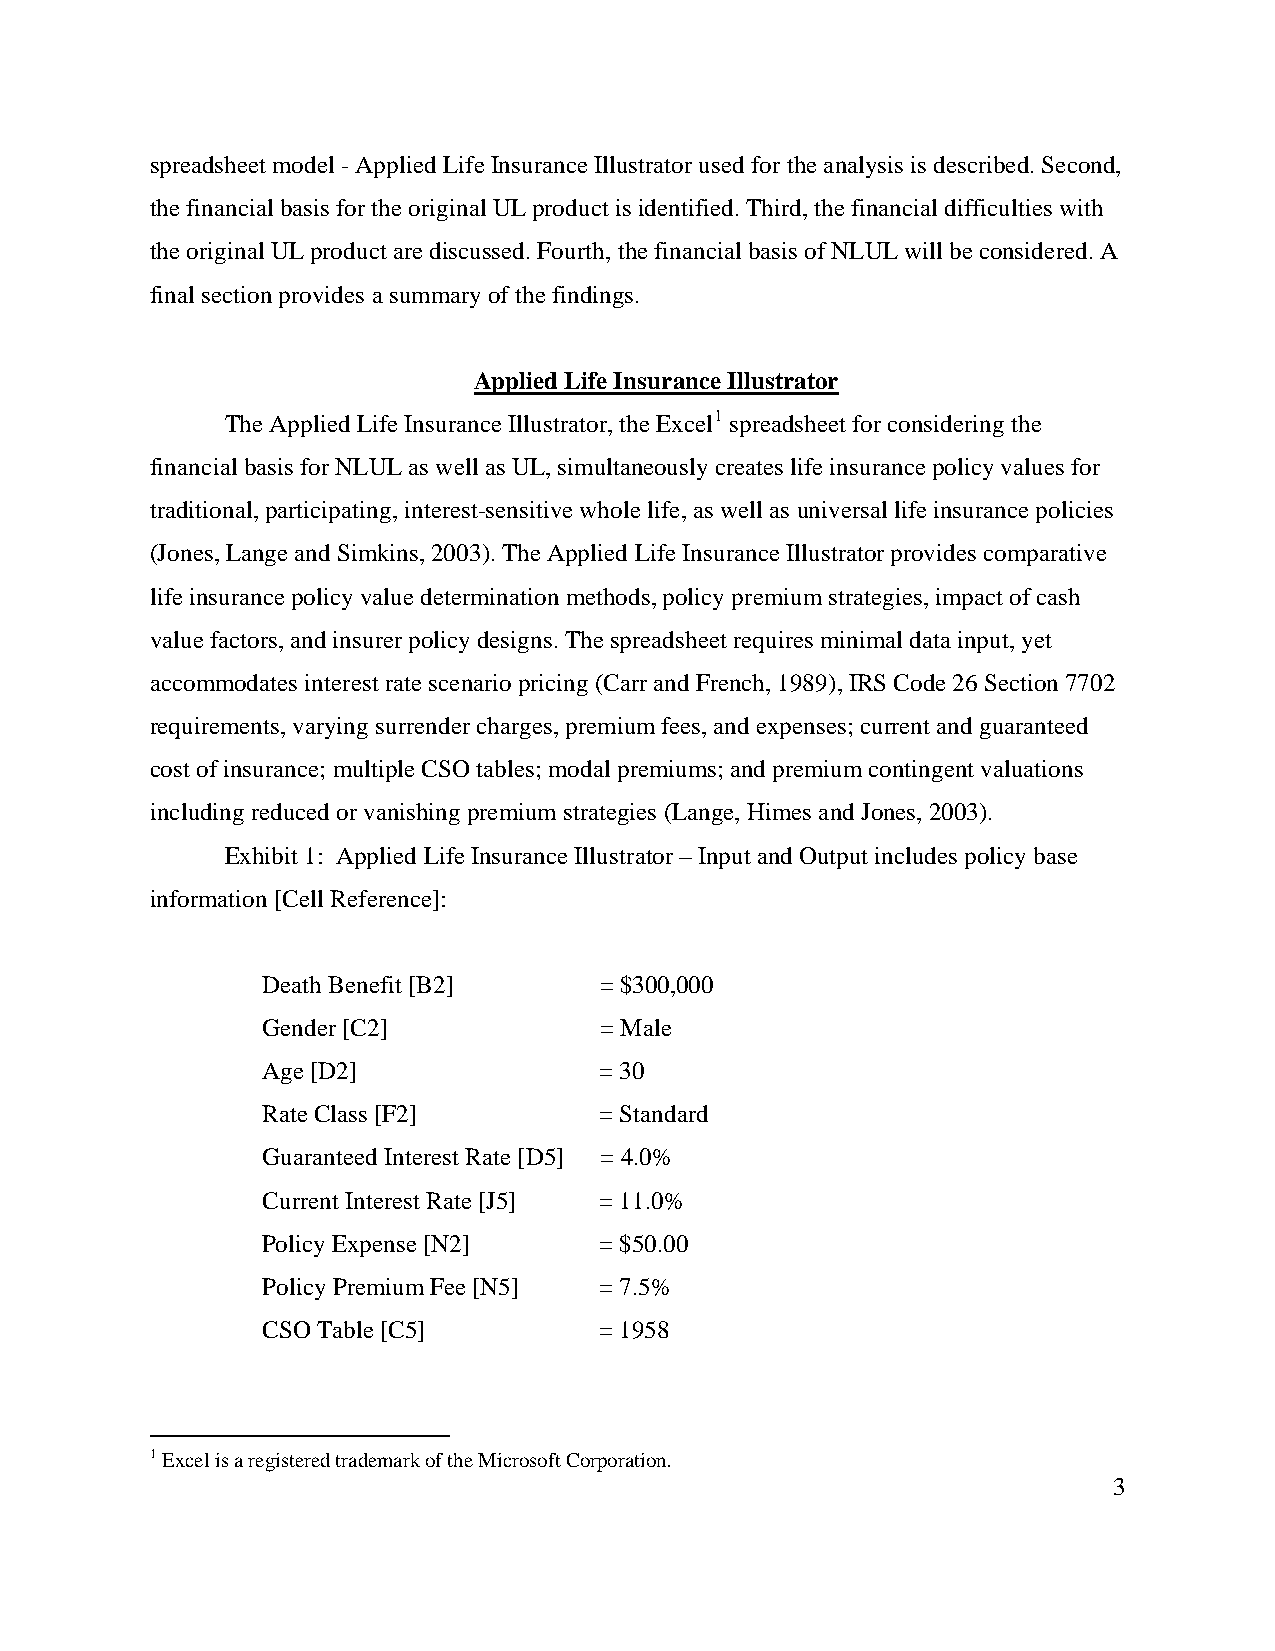
spreadsheet model - Applied Life Insurance Illustrator used for the analysis is described. Second,
 the financial basis for the original UL product is identified. Third, the financial difficulties with
 the original UL product are discussed. Fourth, the financial basis of NLUL will be considered. A
 final section provides a summary of the findings.
 Applied Life Insurance Illustrator
 The Applied Life Insurance Illustrator, the Excel1 spreadsheet for considering the
 financial basis for NLUL as well as UL, simultaneously creates life insurance policy values for
 traditional, participating, interest-sensitive whole life, as well as universal life insurance policies
 (Jones, Lange and Simkins, 2003). The Applied Life Insurance Illustrator provides comparative
 life insurance policy value determination methods, policy premium strategies, impact of cash
 value factors, and insurer policy designs. The spreadsheet requires minimal data input, yet
 accommodates interest rate scenario pricing (Carr and French, 1989), IRS Code 26 Section 7702
 requirements, varying surrender charges, premium fees, and expenses; current and guaranteed
 cost of insurance; multiple CSO tables; modal premiums; and premium contingent valuations
 including reduced or vanishing premium strategies (Lange, Himes and Jones, 2003).
 Exhibit 1: Applied Life Insurance Illustrator – Input and Output includes policy base
 information [Cell Reference]:
 Death Benefit [B2]     = $300,000
 Gender [C2]            = Male
 Age [D2]               = 30
 Rate Class [F2]        = Standard
 Guaranteed Interest Rate [D5] = 4.0%
 Current Interest Rate [J5] = 11.0%
 Policy Expense [N2]    = $50.00
 Policy Premium Fee [N5] = 7.5%
 CSO Table [C5]         = 1958
 1 Excel is a registered trademark of the Microsoft Corporation.
 3